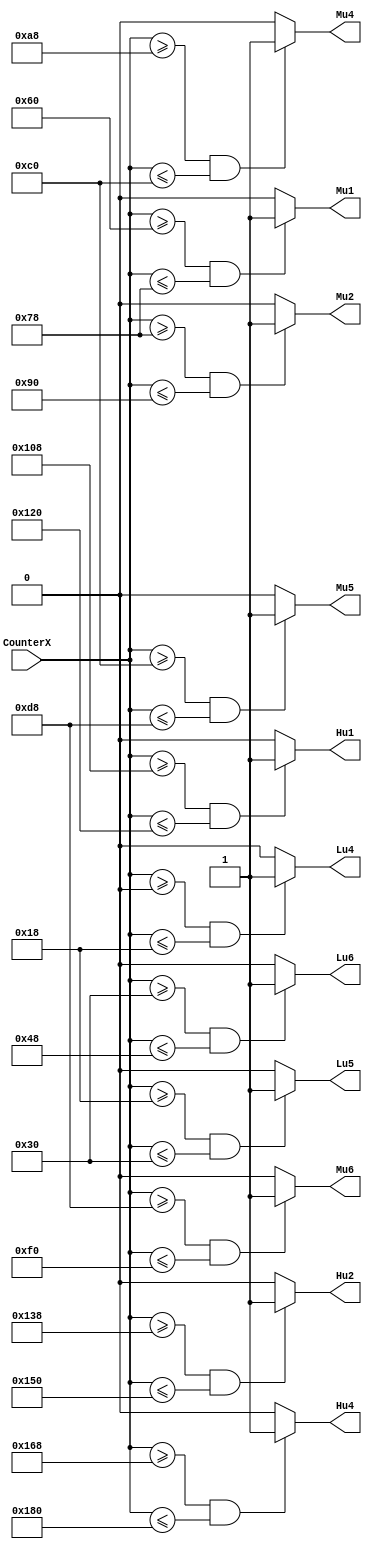
module bar_blank(
input [11:0]CounterX,
output Hu4,
output Hu2,
output Hu1,
output Mu6,
output Mu5,
output Mu4,
output Mu2,
output Mu1,
output Lu6,
output Lu5,
output Lu4
);
parameter blank_x_off =0;
wire [11:0]bxdeta=22;

wire [11:0]bxd_t =bxdeta+2;

assign Lu4=((CounterX>=(blank_x_off+bxd_t*0)) && ( CounterX<=(blank_x_off+bxd_t*1)))?1:0;//+4
assign Lu5=((CounterX>=(blank_x_off+bxd_t*1)) && ( CounterX<=(blank_x_off+bxd_t*2)))?1:0;//+2
assign Lu6=((CounterX>=(blank_x_off+bxd_t*2)) && ( CounterX<=(blank_x_off+bxd_t*3)))?1:0;//+1
assign Mu1=((CounterX>=(blank_x_off+bxd_t*4)) && ( CounterX<=(blank_x_off+bxd_t*5)))?1:0;//6
assign Mu2=((CounterX>=(blank_x_off+bxd_t*5)) && ( CounterX<=(blank_x_off+bxd_t*6)))?1:0;//5
assign Mu4=((CounterX>=(blank_x_off+bxd_t*7)) && ( CounterX<=(blank_x_off+bxd_t*8)))?1:0;//4
assign Mu5=((CounterX>=(blank_x_off+bxd_t*8)) && ( CounterX<=(blank_x_off+bxd_t*9)))?1:0;//2
assign Mu6=((CounterX>=(blank_x_off+bxd_t*9)) &&( CounterX<=(blank_x_off+bxd_t*10)))?1:0;//1
assign Hu1=((CounterX>=(blank_x_off+bxd_t*11)) &&( CounterX<=(blank_x_off+bxd_t*12)))?1:0;//-6
assign Hu2=((CounterX>=(blank_x_off+bxd_t*13)) &&( CounterX<=(blank_x_off+bxd_t*14)))?1:0;//-5
assign Hu4=((CounterX>=(blank_x_off+bxd_t*15)) &&( CounterX<=(blank_x_off+bxd_t*16)))?1:0;//-4

endmodule